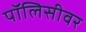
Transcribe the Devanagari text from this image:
पॉलिसीवर